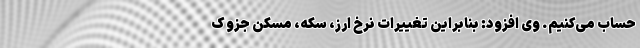
حساب می‌کنیم. وی افزود: بنابراین تغییرات نرخ ارز، سکه، مسکن جزو ک